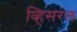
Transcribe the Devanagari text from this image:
व्हिसरल